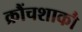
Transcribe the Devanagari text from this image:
क्रौंचशाकौ